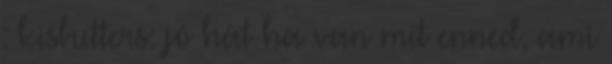
: kisbutters: jó hát ha van mit enned, ami